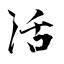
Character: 活